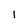
Character: 1